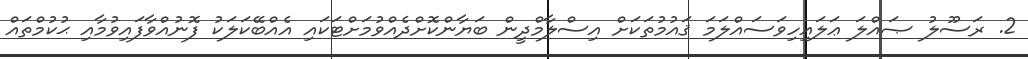
2. ރަސޫލު ޞައްލަ ޢަލައިހިވަސައްލަމަ ޤައުމުތަކަށް އިސްލާމްދީން ބަޔާންކޮށްދެއްވުމަށްޓަކައި އެއްބޭކަލަކު ފޮނުއްވާފައިވުމާއި ޙުކުމްތައް